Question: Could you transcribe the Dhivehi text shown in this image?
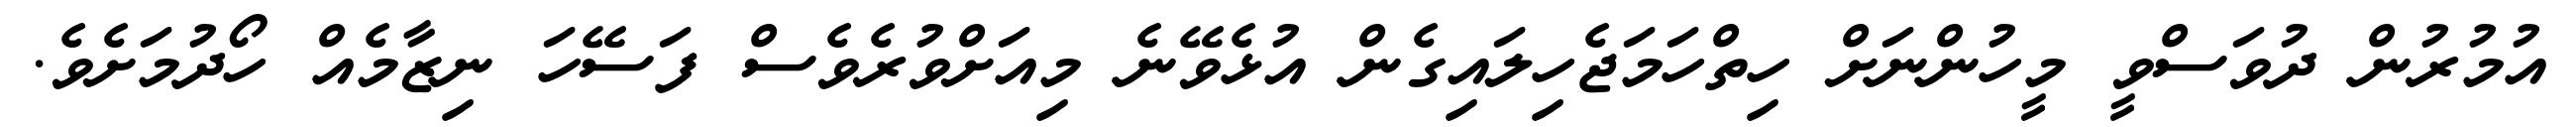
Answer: އުމުރުން ދުވަސްވީ މީހުންނަށް ހިތްހަމަޖެހިލައިގެން އުޅެވޭނެ މިއަށްވުރެވެސް ފަސޭހަ ނިޒާމެއް ހޯދުމަށެވެ.